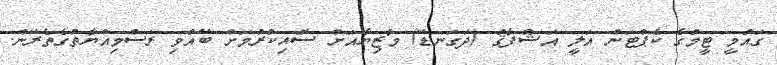
ގައުމީ ޓީމުގެ ކެޕްޓަން އަލީ އަޝްފާޤު (ދަގަނޑޭ) މާޒިޔާއަށް ސޮއިކުރުމަށް ބޭއްވި ރަސްމިއްޔާތުގެތެރޭން.